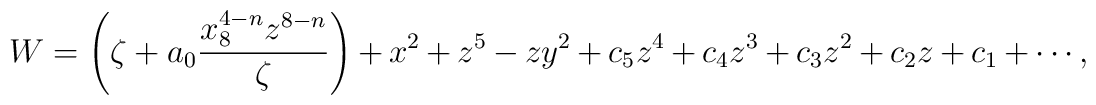
W = \left( \zeta+a_0\frac{x_8^{4-n}z^{8-n}}{\zeta}\right)+	x^2+z^5-zy^2+c_5z^4+c_4z^3+c_3z^2+c_2z+c_1+\cdots,